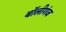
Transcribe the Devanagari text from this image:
बॉलीगंज